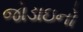
જોડાઇનો